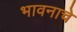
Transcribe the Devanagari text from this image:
भावनाचे